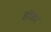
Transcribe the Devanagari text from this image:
हॉडर